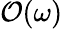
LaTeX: \mathcal O(\omega)